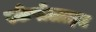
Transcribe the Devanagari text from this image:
स्केपोलाइट